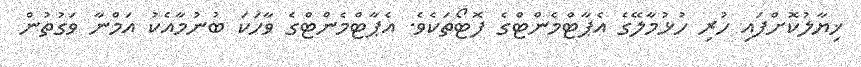
ޚިޔާލުކޮށްފައި ހުރި ހުޅުމާލޭގެ އެޕާޓްމެންޓްގެ ފޮޓޯތަކެވެ. އެޕާޓްމެންޓްގެ ވާހަކަ ބުނުމާއެކު އަމްނާ ވަގުތުން